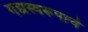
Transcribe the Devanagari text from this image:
गद्यस्वरूपाचे